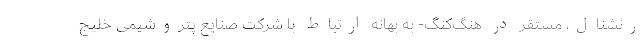
رنشنال، مستقر در هنگ‌کنگ- به بهانه ارتباط با شرکت صنایع پتروشیمی خلیج